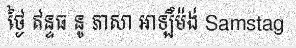
ថ្ងៃ ឥន្ទធ នូ ភាសា អាឡឹម៉ង់ Samstag